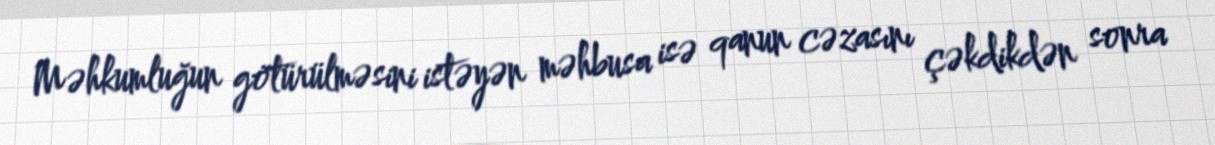
Məhkumluğun götürülməsini istəyən məhbusa isə qanun cəzasını çəkdikdən sonra